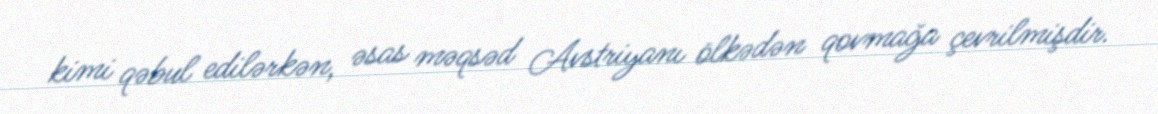
kimi qəbul edilərkən, əsas məqsəd Avstriyanı ölkədən qovmağa çevrilmişdir.